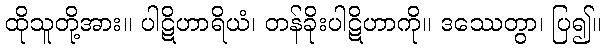
ထိုသူတို့အား။ ပါဋိဟာရိယံ၊ တန်ခိုးပါဋိဟာကို။ ဒဿေတွာ၊ ပြ၍။